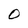
Character: O